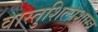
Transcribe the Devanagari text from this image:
वास्तुशिल्पशास्त्र